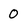
Character: 0